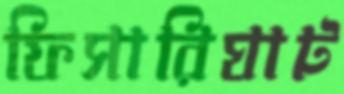
ফিসারিঘাট